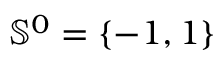
{ \mathbb S } ^ { 0 } = \{ - 1 , 1 \}